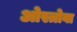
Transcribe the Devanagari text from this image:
ओस्त्रोवा